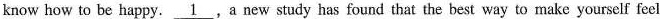
know how to be happy\underline{1},a new study has found that the best way to make yourself feel